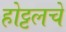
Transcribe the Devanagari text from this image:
होट्टलचे